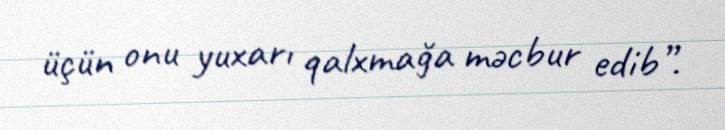
üçün onu yuxarı qalxmağa məcbur edib”.